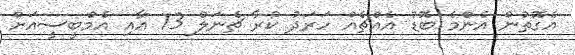
އެގޮތުން އެންމެ ބޮޑު އެއްޗެއް ހަރަދު ކުރާ ޗެނަލް 13 އާއި އެމްބީސީއަށް